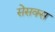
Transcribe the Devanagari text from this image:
सेसक्स